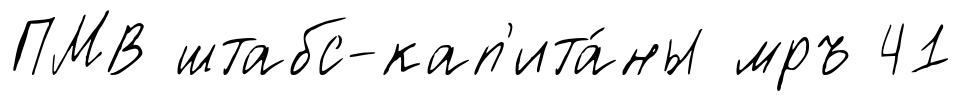
ПМВ штабс-кап'ита́ны мръ 41